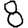
Digit: 8